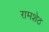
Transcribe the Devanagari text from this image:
रामशेठ